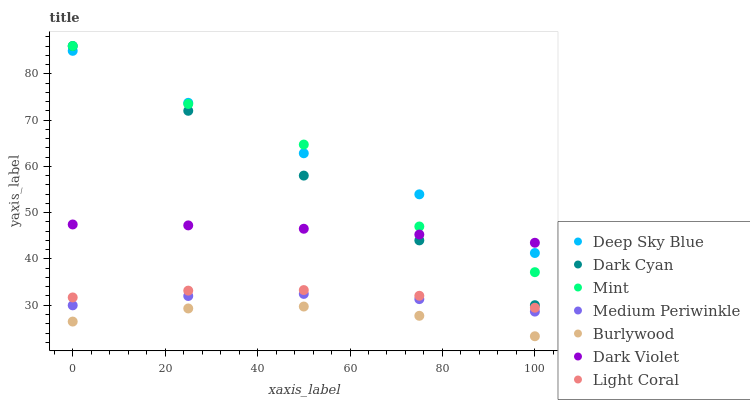
| xaxis_label | Deep Sky Blue | Dark Cyan | Mint | Medium Periwinkle | Burlywood | Dark Violet | Light Coral |
 | --- | --- | --- | --- | --- | --- | --- | --- |
 | 0 | 85 | 86 | 86 | 30 | 26.5 | 47.4 | 31.7 |
 | 25 | 73.7 | 72 | 73.5 | 32 | 29.3 | 47.3 | 33.2 |
 | 50 | 62.8 | 58 | 64.7 | 32.4 | 29.7 | 46.5 | 33.3 |
 | 75 | 54 | 44 | 47 | 31.3 | 27.7 | 45.3 | 32 |
 | 100 | 41.3 | 30 | 37.1 | 28.6 | 23.3 | 43.5 | 29.5 |